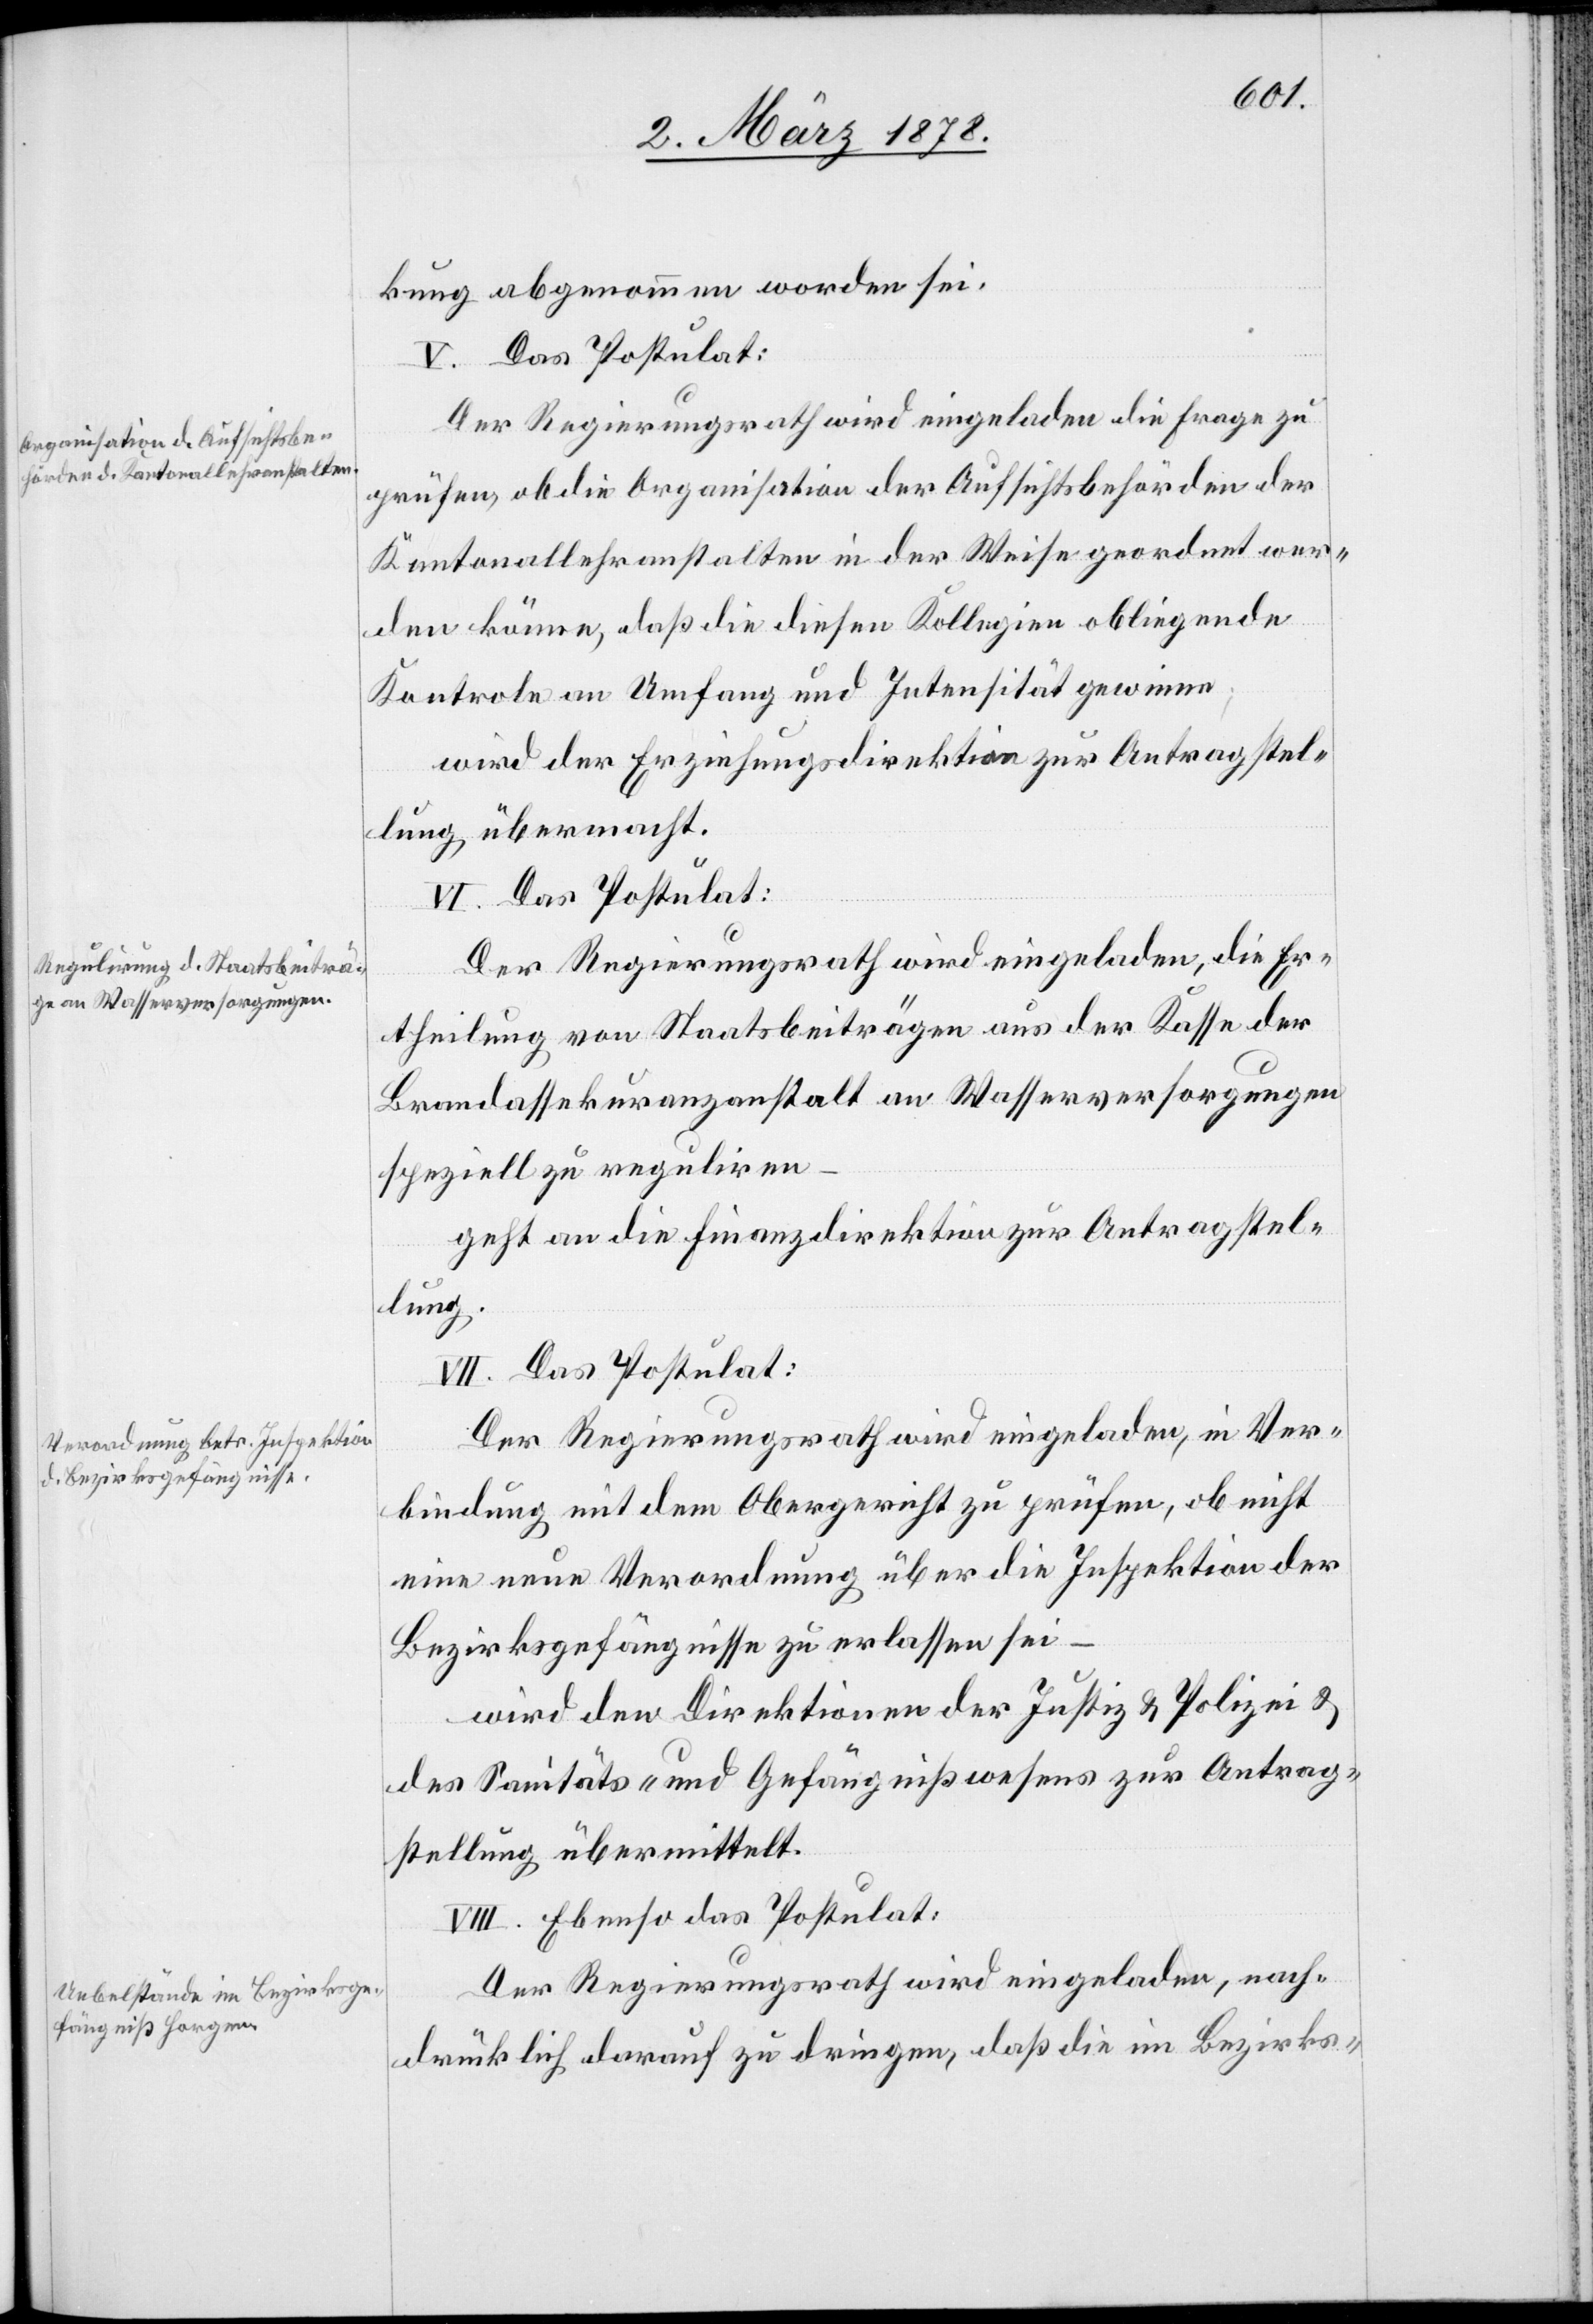
kung abgenommen worden sei.
V. Das Postulat:
Der Regierungsrath wird eingeladen die Frage zu
prüfen, ob die Organisation der Aufsichtsbehörden der
Kantonallehranstalten in der Weise geordnet wer¬
den könne, daß die diesen Kollegien obliegende
Kontrole an Umfang und Intensität gewinne;
wird der Erziehungsdirektion zur Antragstel¬
lung übermacht.
VI. Das Postulat:
Der Regierungsrath wird eingeladen, die Er¬
theilung von Staatsbeiträgen aus der Kasse der
Brandassekuranzanstalt an Wasserversorgungen
speziell zu reguliren
geht an die Finanzdirektion zur Antragstel¬
lung.
VII. Das Postulat:
Der Regierungsrath wird eingeladen, in Ver¬
bindung mit dem Obergericht zu prüfen, ob nicht
eine neue Verordnung über die Inspektion der
Bezirksgefängnisse zu erlassen sei
wird der Direktion der Justiz & Polizei &
des Sanitäts- & Gefängnißwesens zur Antrag¬
stellung übermittelt.
VIII. Ebenso das Postulat:
Der Regierungsrath wird eingeladen, nach¬
drücklich darauf zu dringen, daß die im Bezirks-